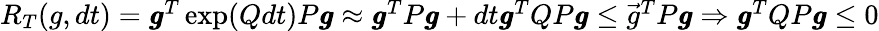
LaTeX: \begin{array}{r}{R_{T}(g,dt)=\pmb{g}^{T}\exp(Qdt)P\pmb{g}\approx\pmb{g}^{T}P\pmb{g}+dt\pmb{g}^{T}QP\pmb{g}\leq\vec{g}^{T}P\pmb{g}\Rightarrow\pmb{g}^{T}QP\pmb{g}\leq 0}\end{array}